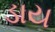
ડાય